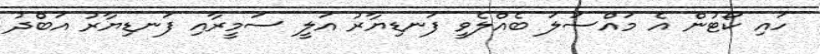
ހައި ކޯޓުން އެ މައްސަލަ ބެއްލެވީ ފަނޑިޔާރު އަލީ ސަމީރާއި ފަނޑިޔާރު އަބްދު